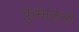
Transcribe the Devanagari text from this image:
कुंभाकृती